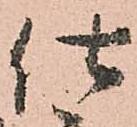
仕